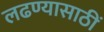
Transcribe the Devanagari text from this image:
लढण्यासाठीं